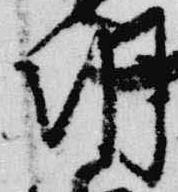
朝